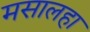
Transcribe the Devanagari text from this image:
मसालहा